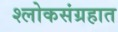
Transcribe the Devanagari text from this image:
श्लोकसंग्रहात